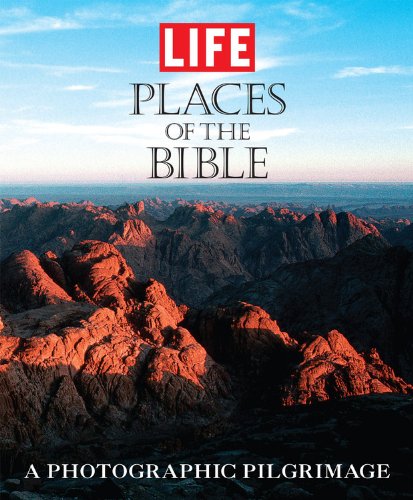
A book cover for Life: Places of the Bible: A Photographic Pilgrimage; Editors of Life; Arts & Photography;